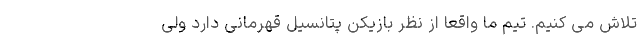
تلاش می کنیم. تیم ما واقعا از نظر بازیکن پتانسیل قهرمانی دارد ولی